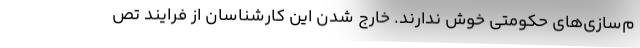
م‌سازی‌های حکومتی خوش ندارند. خارج شدن این کارشناسان از فرایند تص